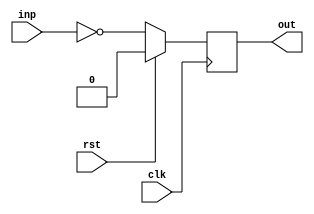
module bar(clk, rst, inp, out);
  (* this_is_clock = 1 *)
  input  wire clk;
  (* this_is_reset = 1 *)
  input  wire rst;
  input  wire inp;
  (* an_output_register = 1*)
  output reg  out;

  always @(posedge clk)
    if (rst) out <= 1'd0;
    else     out <= ~inp;

endmodule

module foo(clk, rst, inp, out);
  (* this_is_the_master_clock *)
  input  wire clk;
  input  wire rst;
  input  wire inp;
  output wire out;

  bar bar_instance (clk, rst, inp, out);

  initial begin
    $display("PASSED");
  end

endmodule